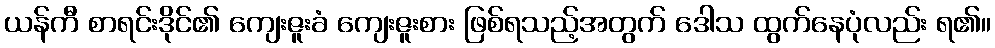
ယန်ကီ စာရင်းဒိုင်၏ ကျေးဇူးခံ ကျေးဇူးစား ဖြစ်ရသည့်အတွက် ဒေါသ ထွက်နေပုံလည်း ရ၏။